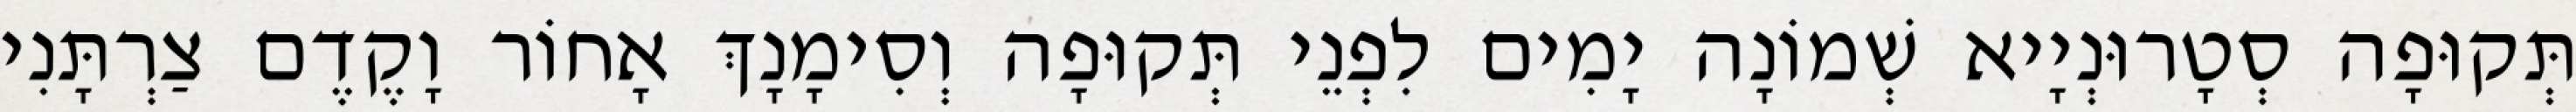
תְּקוּפָה סְטָרוּנְיָיא שְׁמוֹנָה יָמִים לִפְנֵי תְּקוּפָה וְסִימָנָךְ אָחוֹר וָקֶדֶם צַרְתָּנִי